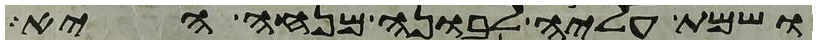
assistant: ושמת עליה לבונה מנחה היא